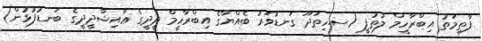
ފާތިމަތު އިބްރާހީމް ލުތުފީ (ސ.ހިތަދޫ ގަނޑުވަރު ބެއްޔާގެ އިިބްރާހީމް ދީދީގެ ޢާއިޝާދީދީގެ ބަނޑުފުޅުން)